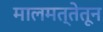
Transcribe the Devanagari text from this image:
मालमत्तेतून